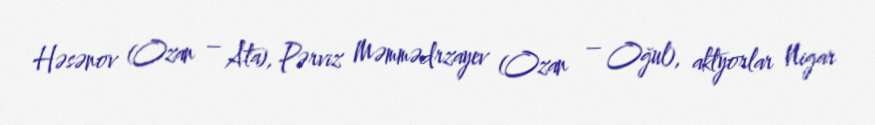
Həsənov (Ozan – Ata), Pərviz Məmmədrzayev (Ozan – Oğul), aktyorlar Nigar